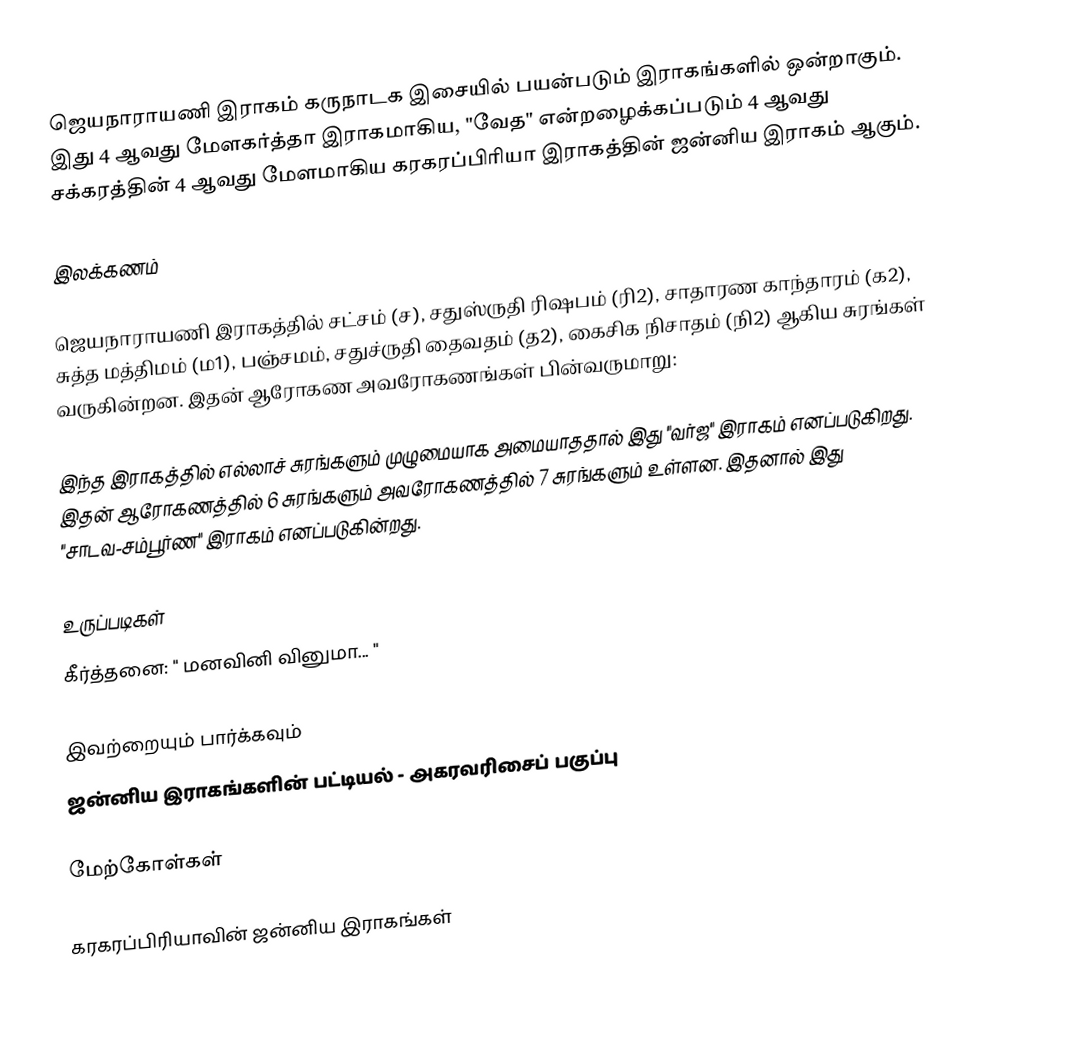
ஜெயநாராயணி இராகம் கருநாடக இசையில் பயன்படும் இராகங்களில் ஒன்றாகும். இது 4 ஆவது மேளகர்த்தா இராகமாகிய, "வேத" என்றழைக்கப்படும் 4 ஆவது சக்கரத்தின் 4 ஆவது மேளமாகிய கரகரப்பிரியா இராகத்தின் ஜன்னிய இராகம் ஆகும்.

இலக்கணம்

ஜெயநாராயணி இராகத்தில் சட்சம் (ச), சதுஸ்ருதி ரிஷபம் (ரி2), சாதாரண காந்தாரம் (க2), சுத்த மத்திமம் (ம1), பஞ்சமம், சதுச்ருதி தைவதம் (த2), கைசிக நிசாதம் (நி2) ஆகிய சுரங்கள் வருகின்றன. இதன் ஆரோகண அவரோகணங்கள் பின்வருமாறு:

இந்த இராகத்தில் எல்லாச் சுரங்களும் முழுமையாக அமையாததால் இது "வர்ஜ" இராகம் எனப்படுகிறது. இதன் ஆரோகணத்தில் 6 சுரங்களும் அவரோகணத்தில் 7 சுரங்களும் உள்ளன. இதனால் இது "சாடவ-சம்பூர்ண" இராகம் எனப்படுகின்றது.

உருப்படிகள்
 கீர்த்தனை: " மனவினி வினுமா... "

இவற்றையும் பார்க்கவும்
 ஜன்னிய இராகங்களின் பட்டியல் - அகரவரிசைப் பகுப்பு

மேற்கோள்கள்

கரகரப்பிரியாவின் ஜன்னிய இராகங்கள்